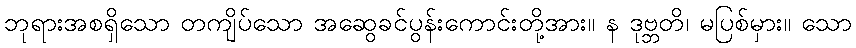
ဘုရားအစရှိသော တကျိပ်သော အဆွေခင်ပွန်းကောင်းတို့အား။ န ဒုဗ္ဘတိ၊ မပြစ်မှား။ သော